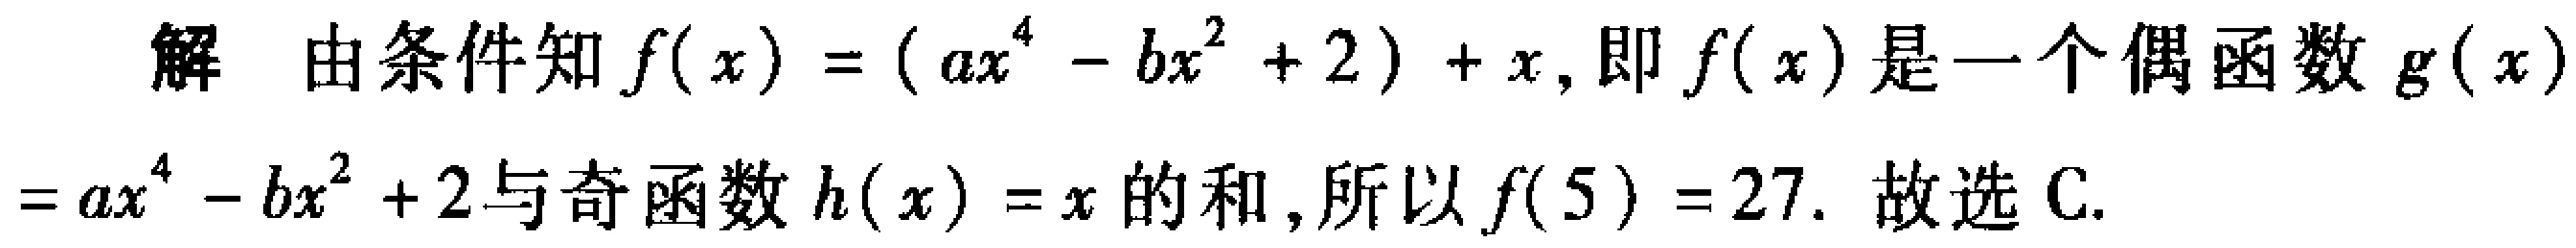
解 由条件知\(f(x)=(ax^{4}-bx^{2}+2)+x\), 即\(f(x)\)是一个偶函数\(g(x)\)

\(=ax^{4}-bx^{2}+2\)与奇函数\(h(x)=x\)的和, 所以\(f(5)=27\). 故选C.